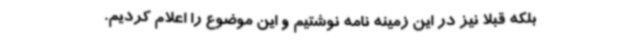
بلکه قبلا نیز در این زمینه نامه نوشتیم و این موضوع را اعلام کردیم.